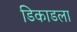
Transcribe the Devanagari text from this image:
डिकाडला